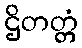
ဌိတတ္တံ